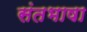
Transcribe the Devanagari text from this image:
संतभाषा